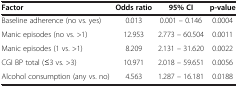
<table><thead><tr><td><b>Factor</b></td><td><b>Odds ratio</b></td><td><b>95% CI</b></td><td><b>p-value</b></td></tr></thead><tbody><tr><td>Baseline adherence (no vs. yes)</td><td>0.013</td><td>0.001 – 0.146</td><td>0.0004</td></tr><tr><td>Manic episodes (no vs. &gt;1)</td><td>12.953</td><td>2.773 – 60.504</td><td>0.0011</td></tr><tr><td>Manic episodes (1 vs. &gt;1)</td><td>8.209</td><td>2.131 – 31.620</td><td>0.0022</td></tr><tr><td>CGI BP total (≤3 vs. &gt;3)</td><td>10.971</td><td>2.018 – 59.651</td><td>0.0056</td></tr><tr><td>Alcohol consumption (any vs. no)</td><td>4.563</td><td>1.287 – 16.181</td><td>0.0188</td></tr></tbody></table>